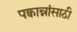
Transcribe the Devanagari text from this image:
पक्वान्नांसाठी